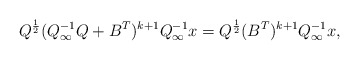
\begin{align*}Q^{\frac{1}{2}}(Q_{\infty}^{-1}Q+ B^T)^{k+1}Q_{\infty}^{-1}x=Q^{\frac{1}{2}}(B^T)^{k+1}Q_{\infty}^{-1}x,\end{align*}